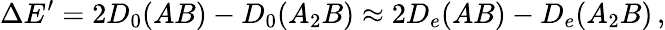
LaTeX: \Delta E^{\prime}=2D_{0}(AB)-D_{0}(A_{2}B)\approx 2D_{e}(AB)-D_{e}(A_{2}B)\, ,